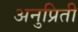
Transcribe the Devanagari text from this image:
अनुप्रिती